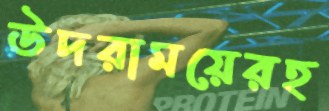
উদরাময়েরহ